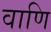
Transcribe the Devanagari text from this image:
वाणि